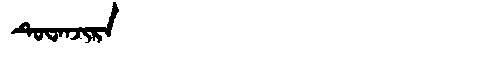
Manchu: ᡨᡠᠸᠠᠨᠵᡳᡵᠠ
Romanization: TUWANJIRA